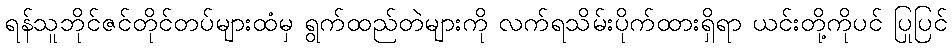
ရန်သူဘိုင်ဇင်တိုင်တပ်များထံမှ ရွက်ထည်တဲများကို လက်ရသိမ်းပိုက်ထားရှိရာ ယင်းတို့ကိုပင် ပြုပြင်